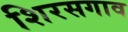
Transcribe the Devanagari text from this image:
शिरसगाव